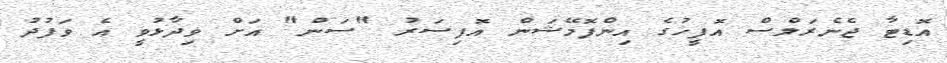
އޮޑިޓާ ޖެނެރަލްސް އޮފީހުގެ އިންފޮމޭޝަން އޮފިސަރު "ސަން" އަށް ވިދާޅުވީ އެ ވަފުދު